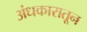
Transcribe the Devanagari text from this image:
अंधकारातून